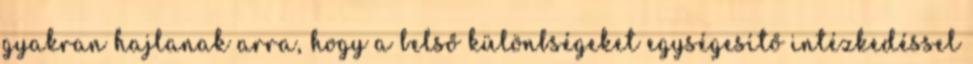
gyakran hajlanak arra, hogy a belső különbségeket egységesítő intézkedéssel